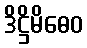
ဒိဋ္ဌိမိဓေဝ